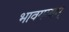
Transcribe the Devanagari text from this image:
भावगम्यम्